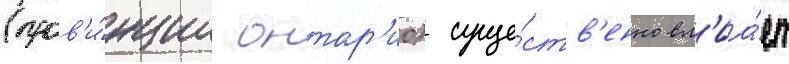
(пров'и́нции онтар'ио) суще́ств'енно вл'иа́ет